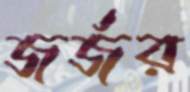
জর্জর